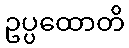
ဥပ္ပထောတိ